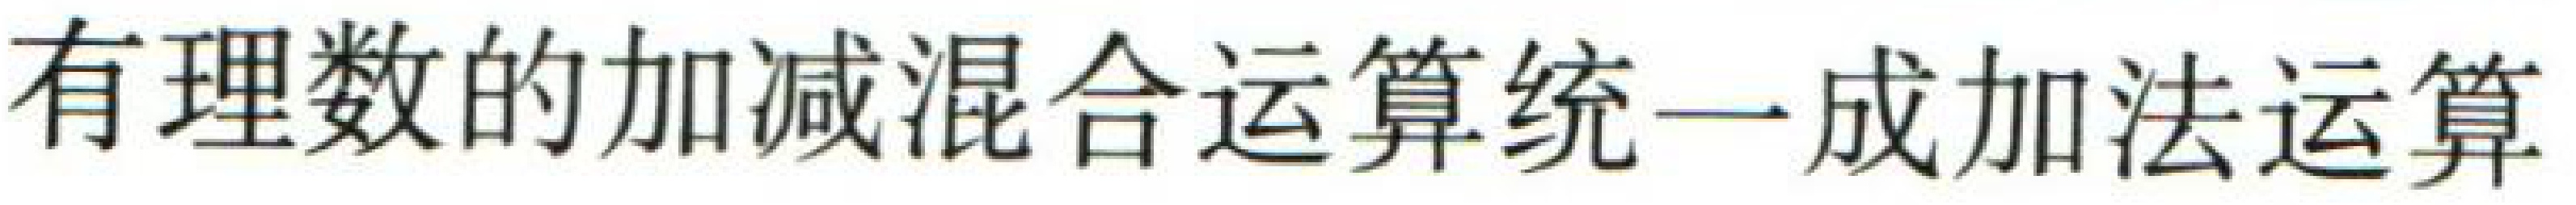
有理数的加减混合运算统一成加法运算